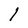
Character: l